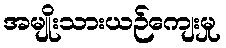
အမျိုးသားယဉ်ကျေးမှု